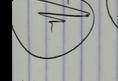
Signature authenticity: genuine